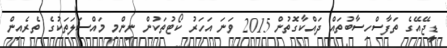
ޑީޖޭއޭގެ ތަފާސްހިސާބުތައް ދައްކާގޮތުން 2015 ވަނަ އަހަރު ކޯޓުތަކުން ނިންމި މައްސަލަތަކުގެ ތެރެއިން